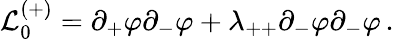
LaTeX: {\cal L}_{0}^{(+)}=\partial_{+}\varphi\partial_{-}\varphi+\lambda_{++}\partial_{-}\varphi\partial_{-}\varphi\, .